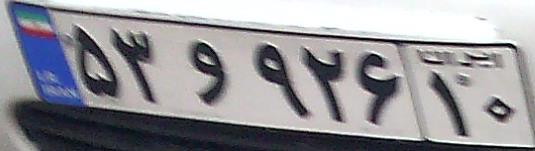
۵۳و۹۲۶۱۰